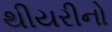
થીયરીનો